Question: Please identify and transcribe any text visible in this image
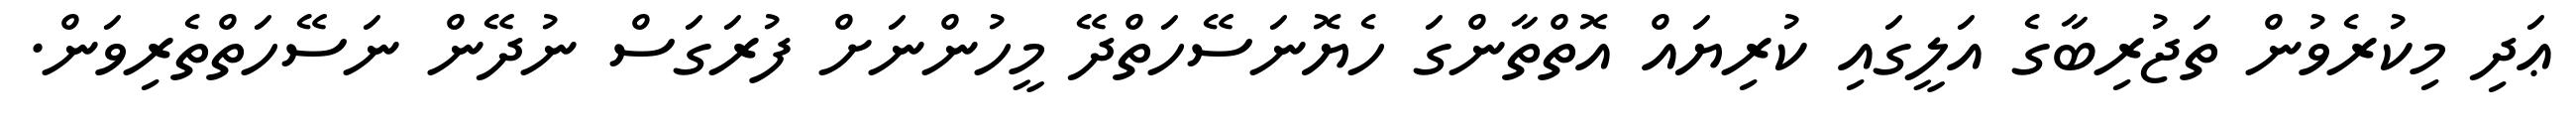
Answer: ޢަދި މިކުރެވުން ތަޖުރިބާގެ އަލީގައި ކުރިޔައް އޮތްތާންގަ ހެޔޮނަސޭހަތްދޭ މީހުންނަށް ފުރަގަސް ނުދޭން ނަސޭހަތްތެރިވަން.